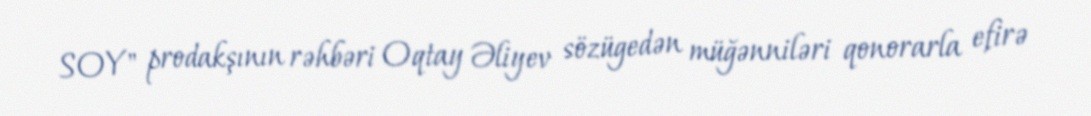
SOY" prodakşının rəhbəri Oqtay Əliyev sözügedən müğənniləri qonorarla efirə